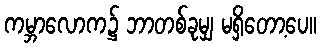
ကမ္ဘာလောက၌ ဘာတစ်ခုမျှ မရှိတော့ပေ။